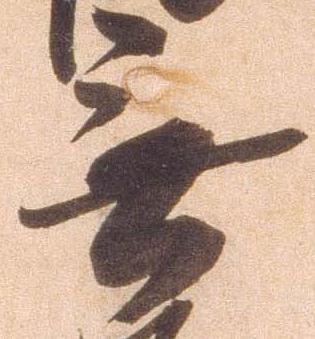
無